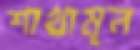
শাখামূল